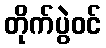
တိုက်ပွဲဝင်